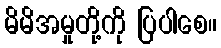
မိမိအမှုတို့ကို ပြပါစေ။